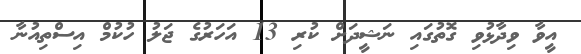
އީވާ ވިދާޅުވި ގޮތުގައި ނަޝީދަށް ކުރި 13 އަހަރުގެ ޖަލު ހުކުމް އިސްތިއުނާ